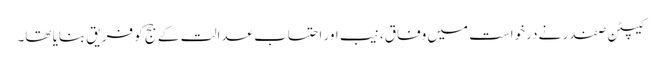
کیپٹن صفدر نے درخواست میں وفاق، نیب اور احتساب عدالت کے جج کو فریق بنایا تھا۔